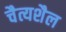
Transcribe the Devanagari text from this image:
चैत्यशैल